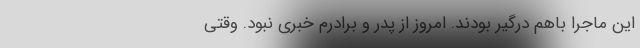
این ماجرا باهم درگیر بودند. امروز از پدر و برادرم خبری نبود. وقتی